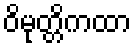
ဝိမုတ္တိကထာ